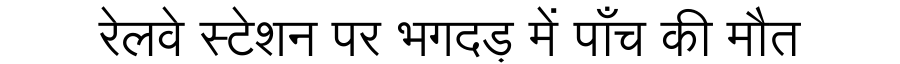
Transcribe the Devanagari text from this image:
रेलवे स्टेशन पर भगदड़ में पाँच की मौत